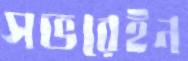
সভরেইন